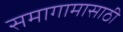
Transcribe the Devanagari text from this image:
समागामासाठी